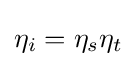
\eta _{i}=\eta _{s}\eta _{t}